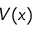
V ( x )